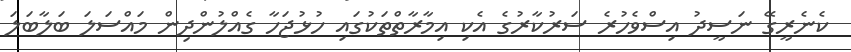
ކެނެރީގޭ ނަސީދު އިސްވެހުރެ ސަރުކާރުގެ އެކި އިމާރާތްތަކުގައި ހުޅުޖަހާ ގެއްލުންދިން މައްސަލަ ބަލާބަލަ